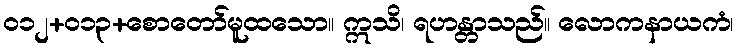
၀၁၂+၀၁၃+စောတော်မူထသော။ ဣသိ၊ ရဟန္တာသည်။ လောကနာယကံ၊